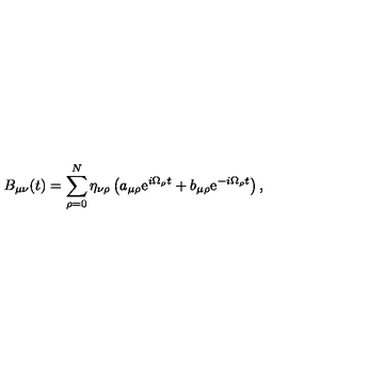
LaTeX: B _ { \mu \nu } ( t ) = \sum _ { \rho = 0 } ^ { N } \eta _ { \nu \rho } \left( a _ { \mu \rho } \mathrm { e } ^ { i \Omega _ { \rho } t } + b _ { \mu \rho } \mathrm { e } ^ { - i \Omega _ { \rho } t } \right) ,